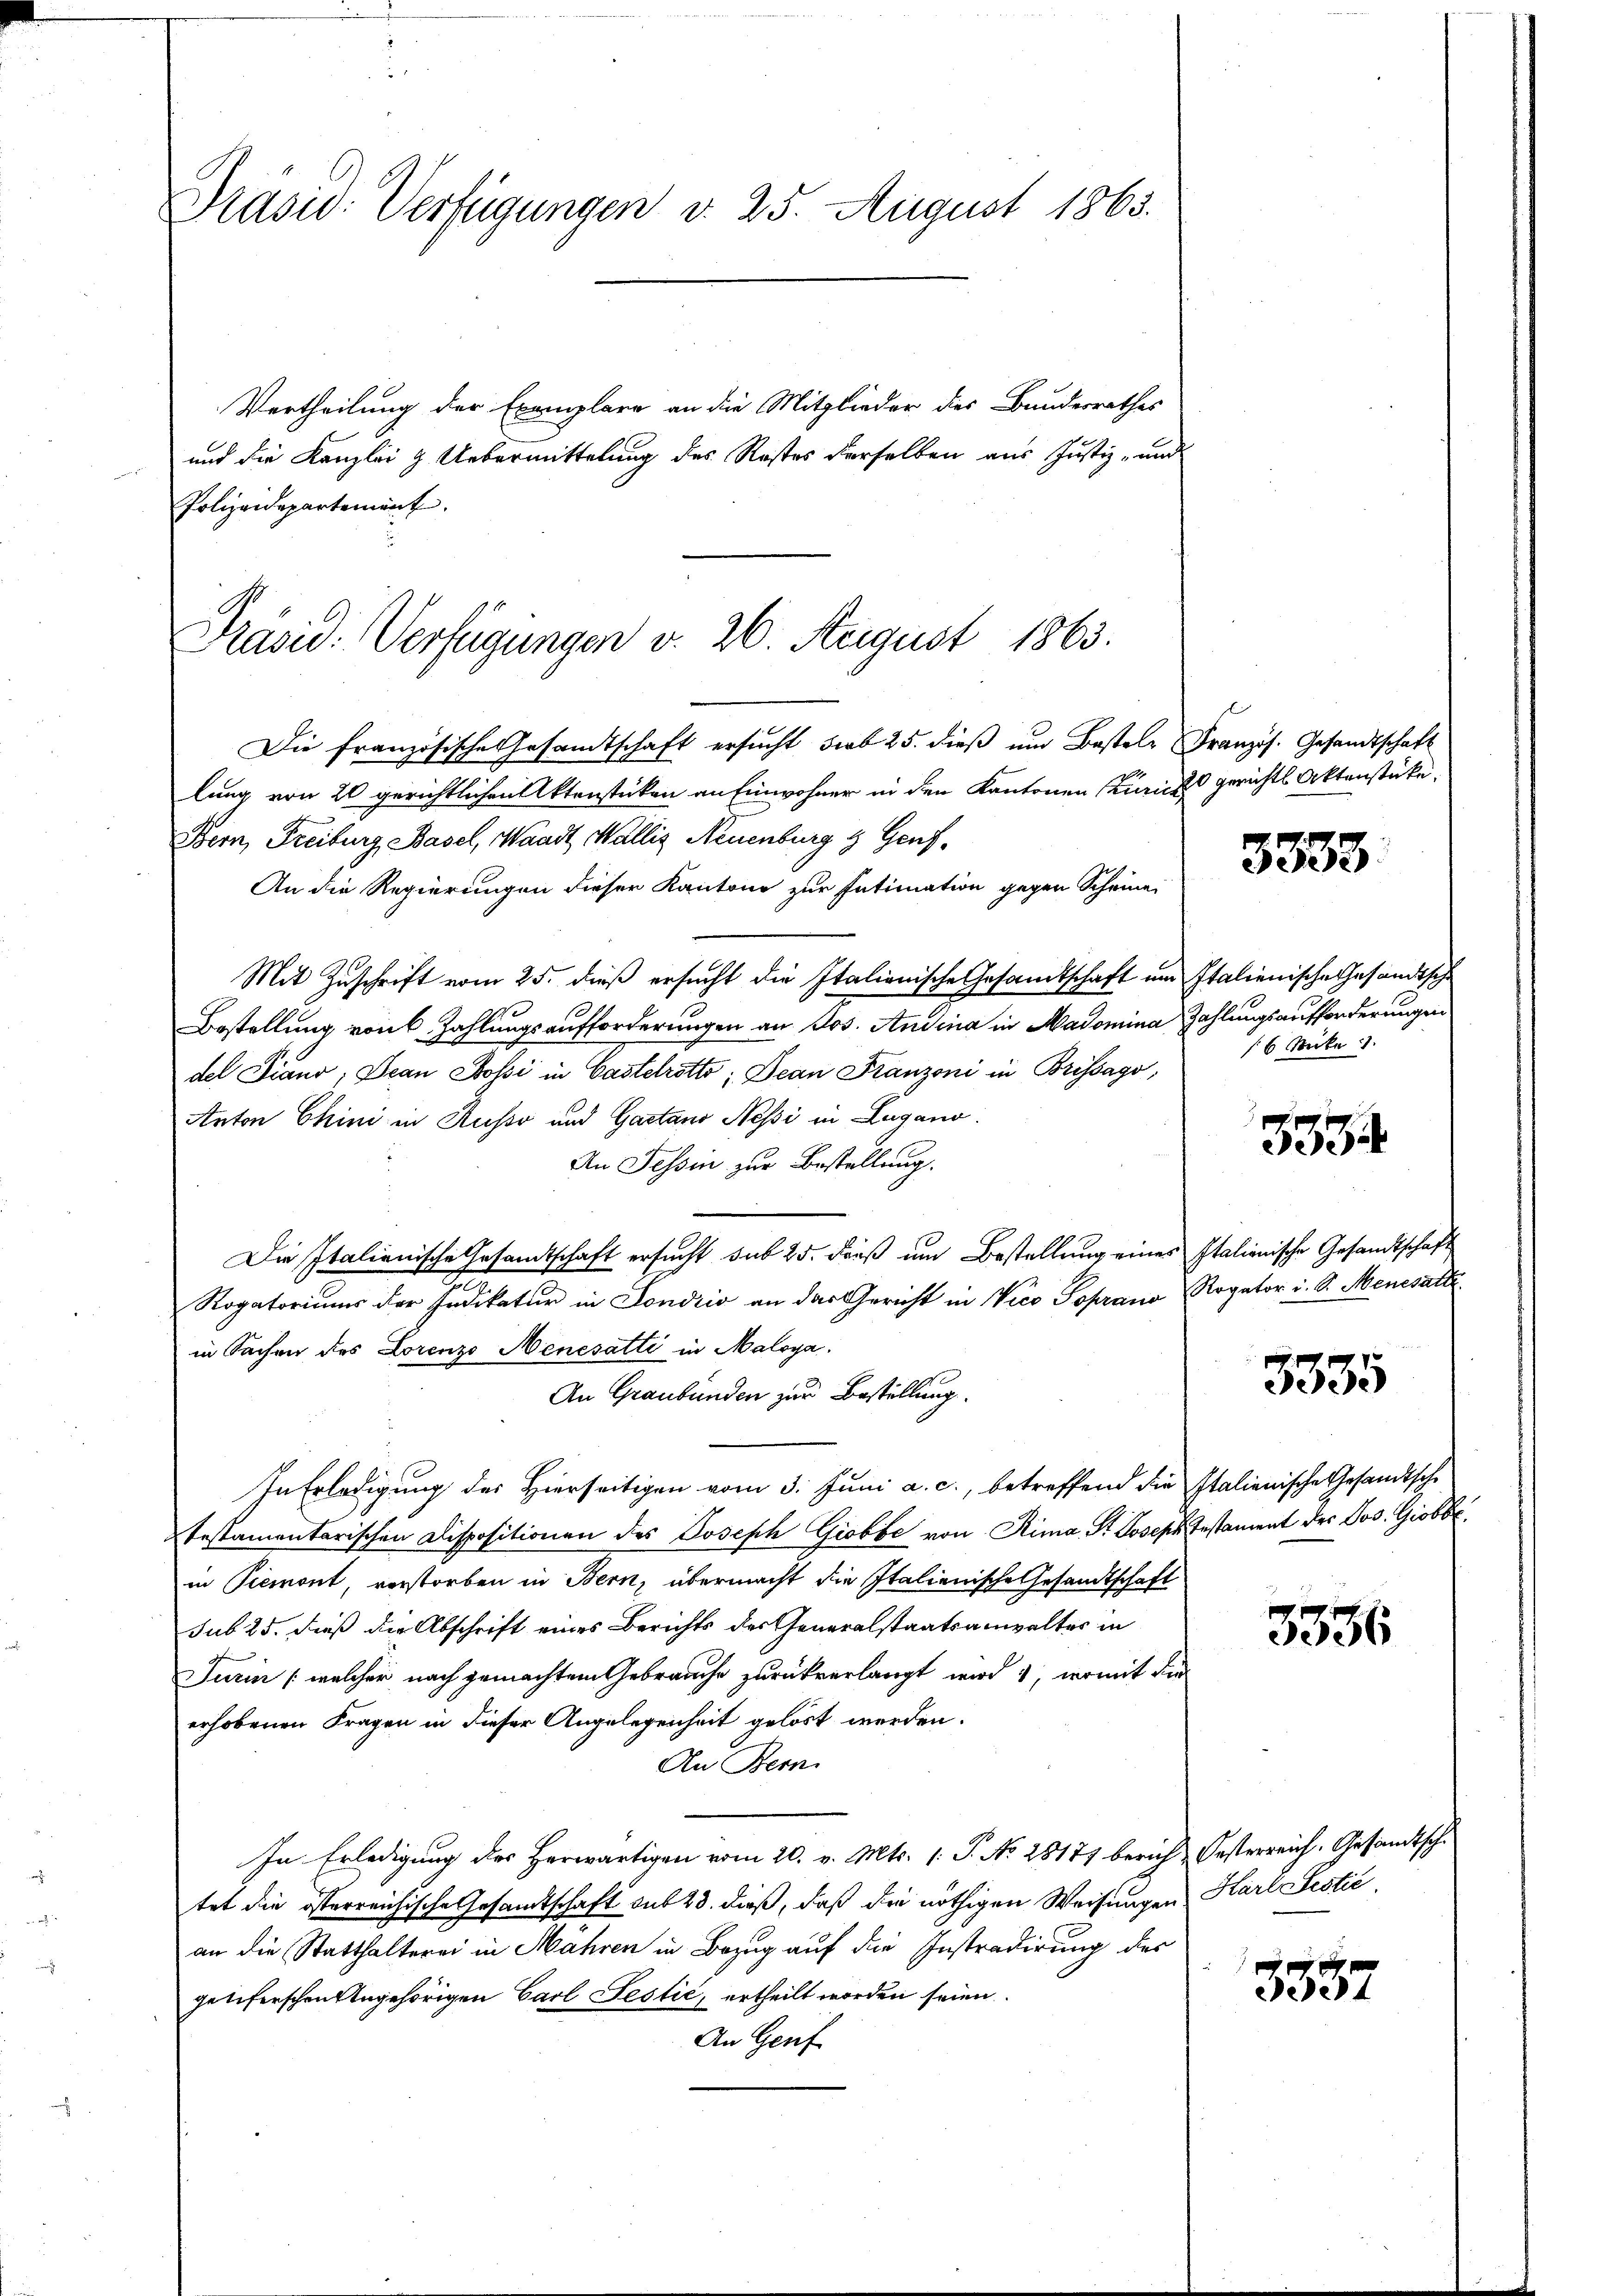
Prasiv: Verfügungen d. 25. August 1863.

Vertheilung der Exemplare an die Mitglieder des Bundesrathes
und die Kanzlei & Uebermittelung des Restes derselben aus Justiz- und
Polizeidepartement.
Die französische Gesandtschaft ersucht sub 25. dieß um Bestele Französ. Gesandtschaft
lung von 20 gerichtlichen Aktenstücken an Einwohner in den Kantonen Kurich gerichts Aktenstücke.
Bern, Freiburg Basel, Waadt, Wallis Neuenburg & Genf,
An die Regierungen dieser Kantone zur Intimation gegen Scheine
Mit Zuschrift vom 25. dieß ersucht die Italienische Gesandtschaft um Italienische Gesandtsche
Bestellung von 6 Zahlungsaufforderungen an Jos. Andina in Aadomina Zahlungsaufforderungen
del Piano, Jean Rossi in Castelrotto; Dean Franzoni in Brissago,
Anton Chini in Russo und Gaetano Nessi in Lugano.
An Tessin zur Bestellung.
Die Italienische Gesandtschaft ersucht sub 25. dieß um Bestellung eines Italienische Gesandtschaft
Rogatoriums der Indikatur in Londrio an das Gericht in Vico Poprano, Rogator i. S. Menesatte
in Sachen des Lorenzo Nenesatti in Maloya.
An Graubünden zur Bestellung.
In Erledigung des Hierseitigen vom 3. Juni a. c., betreffend die Italienische Gesandtsche
testamentarischen Dispositionen des Joseph Giobbe von Rima, St. Joseph Testament des Jos. Giobbein Piemont, verstorben in Bern, übermacht die Italienische Gesandtschaft
sub 25. dieß die Abschrift eines Berichts des Generalstaatsanwalter in
Turin (welcher nach gemachtem Gebrauche zurückverlangt wird 1, womit die
erhobenen Fragen in dieser Angelegenheit gehört werden.
An Bern.
In Erledigung des Herwärtigen vom 20. v. Mts. 1. P. No. 28171 berich Oesterreich. Gesandtschtet die österreichische Gesamtschaft sub 28. dieß, daß die nöthigen Weisungen Karl Festić,
an die Statthalterei in Mahren in Bezug auf die Instradirung des
getiferschen Angehörigen Carl Festić, ertheilt worden seien.
An Genf

Präsid. Verfügungen v. 26. August 1863.

3333.

6 Sticke

3384

3335

3356

3357